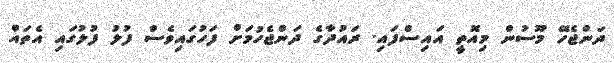
ދަންޖެހޭ މޫސުން މިއޮތީ އައިސްފައި. ރައުދާގެ ދަންޖެހުމަށް ފަހުގައިވެސް ފުލު ފުލުގައި އެތައް